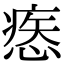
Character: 𢞱